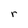
Character: r